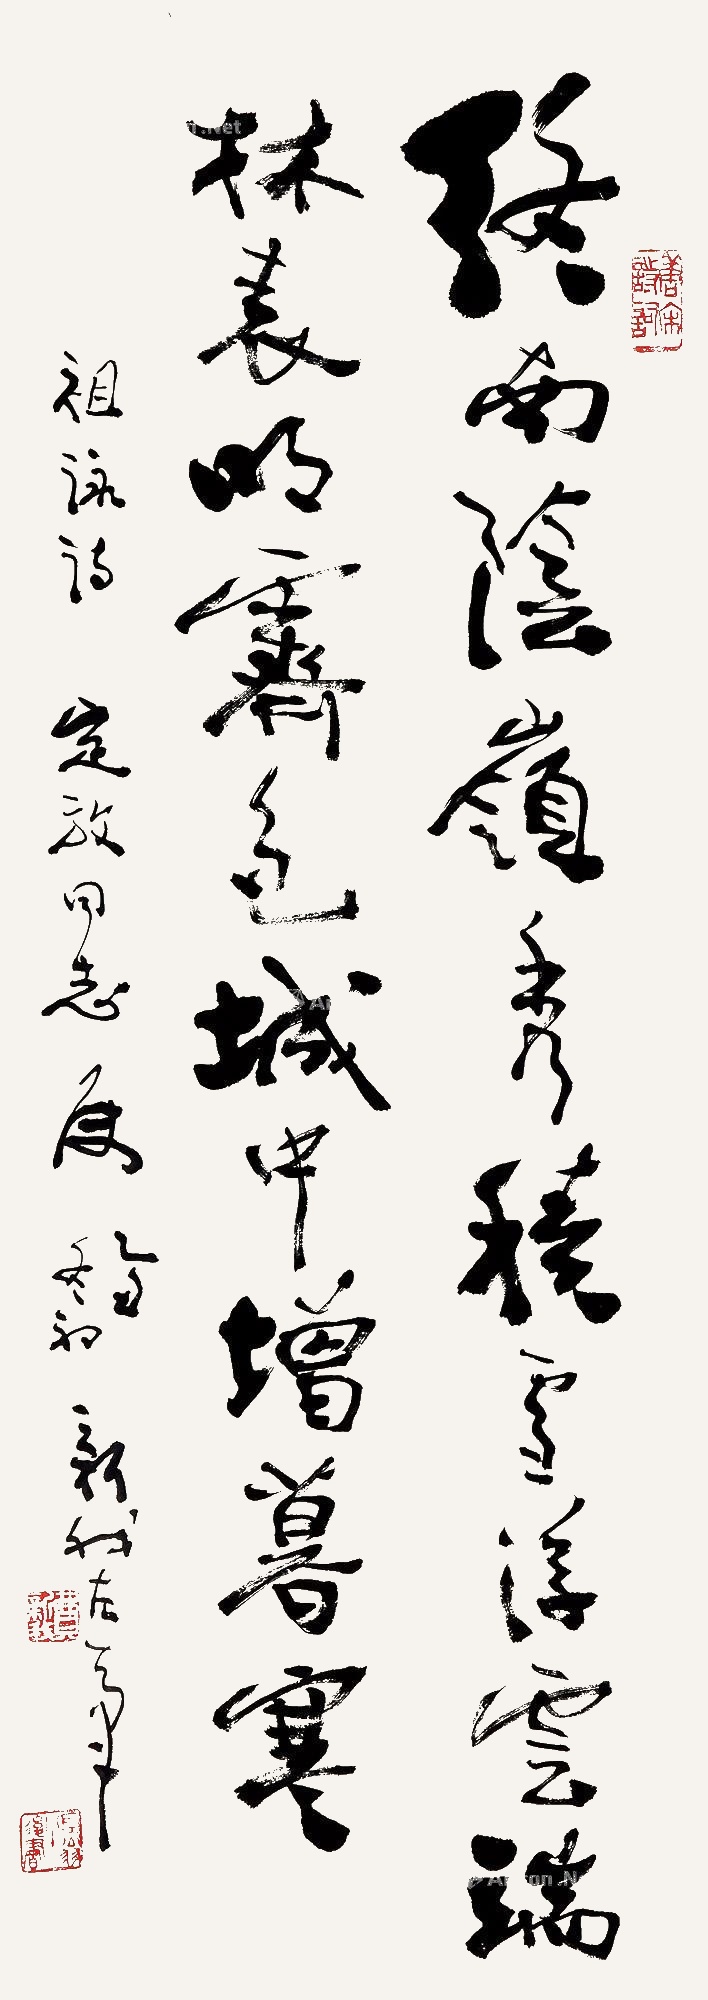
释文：终南阴岭秀，积雪浮云端。林表明霁色，城中增暮寒。定放同志属，乙丑冬初，新我左笔。